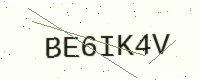
Text: BE6IK4V